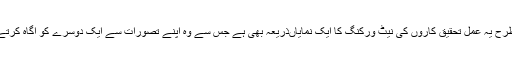
اسی طرح یہ عمل تحقیق کاروں کی نیٹ ورکنگ کا ایک نمایاںذریعہ بھی ہے جس سے وہ اپنے تصورات سے ایک دوسرے کو آگاہ کرتے ہیں۔